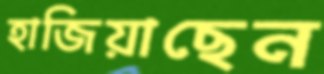
হাজিয়াছেন